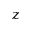
\displaystyle z